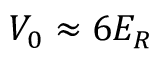
V _ { 0 } \approx 6 E _ { R }